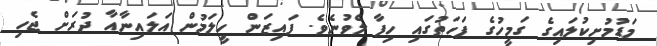
މަޑުމުށިކުލައިގެ ގަމީހުގެ ފަހަތުގައި ހިފާ ލެވުނެވެ. ފައިޒަން ހީލަމުން އަލައިނާއާ ދުރަށް ޖެހި